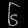
Digit: ၆